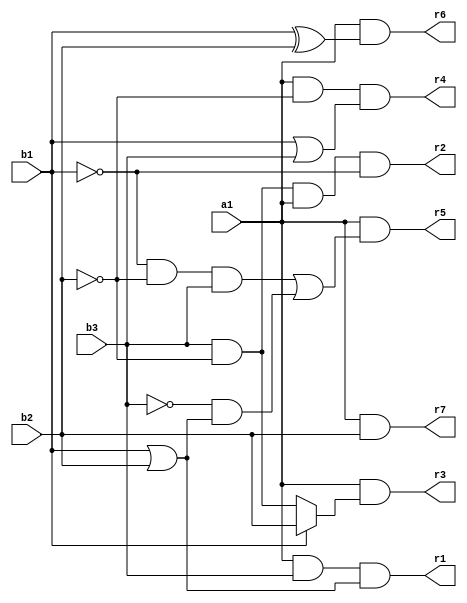
// Benchmark "mult_1x3_60_out" written by ABC on Mon May 30 03:54:02 2022

module mult_1x3_60 ( 
    a1, b1, b2, b3,
    r1,r2,r3,r4,r5,r6,r7  );
  input  a1, b1, b2, b3;
  output r1,r2,r3,r4,r5,r6,r7;
  assign r1 = a1 & b3 & (b1 | b2);
  assign r2 = b3 & ~b2 & a1 & ~b1;
  assign r3 = a1 & (b1 ? b2 : (~b2 & b3));
  assign r4 = a1 & ~b2 & (b1 | b3);
  assign r5 = a1 & ((~b1 & ~b2 & b3) | (~b3 & (b1 | b2)));
  assign r6 = a1 & (b1 ^ b2);
  assign r7 = a1 & b2;
endmodule